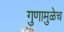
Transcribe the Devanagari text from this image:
गुणामुळेच